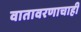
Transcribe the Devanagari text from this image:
वातावरणाचाही